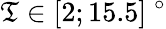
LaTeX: \mathfrak{T}\in[2;15.5]~^{\circ}